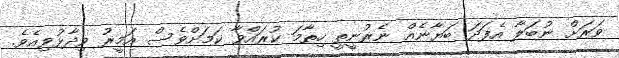
ވަރަށް ނުބަލާ އެފަދަ ބަޔާނެއް ނެރުނީތީ ހިތާމަ ކުރައްވާ ކަމަށްވެސް އަމީރު ވިދާޅުވިއެވެ.